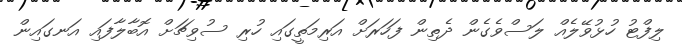
ލިފްޓު ހުޅުވޭލެއް ލަސްވެގެން ދެތިން ފަހަރަށް އަރިމަތީގައި ހުރި ސުވިޗަށް އޮބާލާފައި އަނގައިން